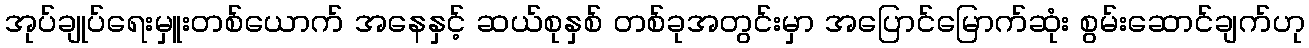
အုပ်ချုပ်ရေးမှူးတစ်ယောက် အနေနှင့် ဆယ်စုနှစ် တစ်ခုအတွင်းမှာ အပြောင်မြောက်ဆုံး စွမ်းဆောင်ချက်ဟု